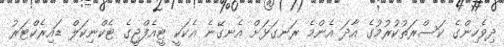
ދިވެހިންގެ ކަސްރަތުކުރުމުގެ އާދަ އެންމެ ރަނގަޅަށް އެނގޭނެ އެކަކީ ޓީއެފްޖީގެ ޓެކްނިކަލް ޑައިރެކްޓަރު